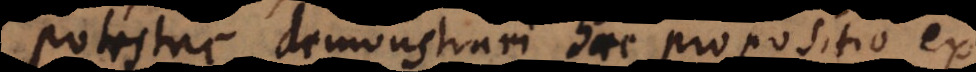
Potestne demonstrari haec propositio ex